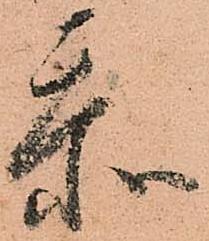
忝